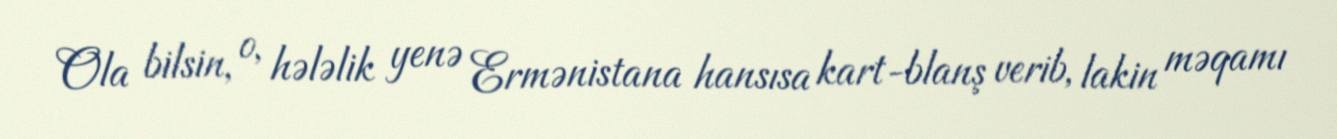
Ola bilsin, o, hələlik yenə Ermənistana hansısa kart-blanş verib, lakin məqamı